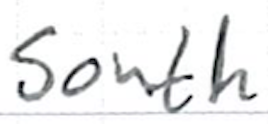
Text: south
Cross-out: clean
Writing tool: ballpoint